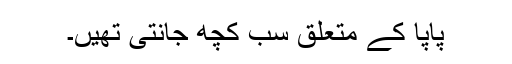
پاپا کے متعلق سب کچھ جانتی تھیں۔